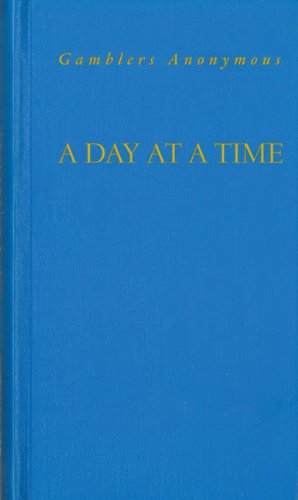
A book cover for A Day at A Time Gamblers Anonymous; Anonymous; Health, Fitness & Dieting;